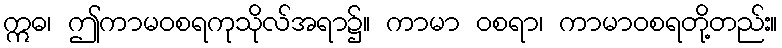
ဣဓ၊ ဤကာမဝစရကုသိုလ်အရာ၌။ ကာမာ ဝစရာ၊ ကာမာဝစရတို့တည်း။